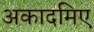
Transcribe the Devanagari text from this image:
अकादमिए